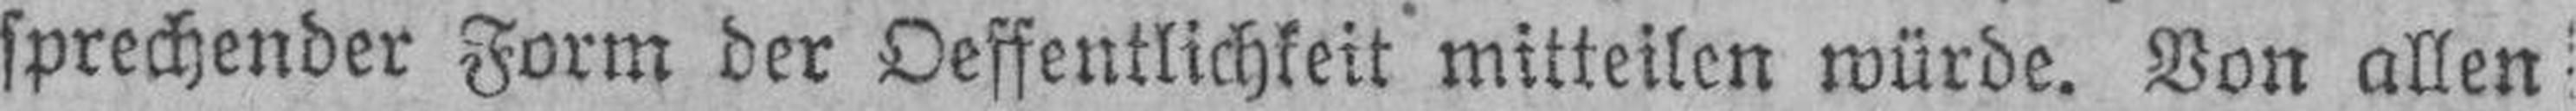
sprechender Form der Oeffentlichkeit mitteilen würde. Von allen